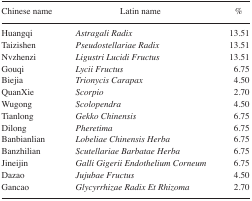
<table><thead><tr><td><b>Chinese name</b></td><td><b>Latin name</b></td><td><b>%</b></td></tr></thead><tbody><tr><td>Huangqi</td><td><i>Astragali Radix</i></td><td>13.51</td></tr><tr><td>Taizishen</td><td><i>Pseudostellariae Radix</i></td><td>13.51</td></tr><tr><td>Nvzhenzi</td><td><i>Ligustri Lucidi Fructus</i></td><td>13.51</td></tr><tr><td>Gouqi</td><td><i>Lycii Fructus</i></td><td>6.75</td></tr><tr><td>Biejia</td><td><i>Trionycis Carapax</i></td><td>4.50</td></tr><tr><td>QuanXie</td><td><i>Scorpio</i></td><td>2.70</td></tr><tr><td>Wugong</td><td><i>Scolopendra</i></td><td>4.50</td></tr><tr><td>Tianlong</td><td><i>Gekko Chinensis</i></td><td>6.75</td></tr><tr><td>Dilong</td><td><i>Pheretima</i></td><td>6.75</td></tr><tr><td>Banbianlian</td><td><i>Lobeliae Chinensis Herba</i></td><td>6.75</td></tr><tr><td>Banzhilian</td><td><i>Scutellariae Barbatae Herba</i></td><td>6.75</td></tr><tr><td>Jineijin</td><td><i>Galli Gigerii Endothelium Corneum</i></td><td>6.75</td></tr><tr><td>Dazao</td><td><i>Jujubae Fructus</i></td><td>4.50</td></tr><tr><td>Gancao</td><td><i>Glycyrrhizae Radix Et Rhizoma</i></td><td>2.70</td></tr></tbody></table>